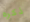
ذكره